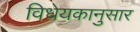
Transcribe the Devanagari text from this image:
विधेयकानुसार